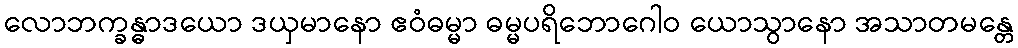
လောဘက္ခန္ဓာဒယော ဒယှမာနော ဧဝံဓမ္မာ ဓမ္မပရိဘောဂေါဝ ယောသွာနော အသာတမန္တေ